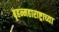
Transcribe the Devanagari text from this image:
बृहन्महाराष्ट्राच्या